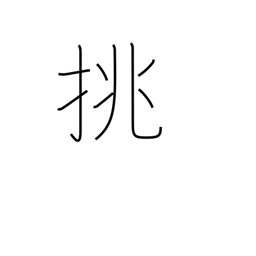
Meaning: make love to